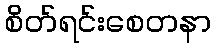
စိတ်ရင်းစေတနာ